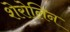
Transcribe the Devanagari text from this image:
शेरोलिन